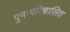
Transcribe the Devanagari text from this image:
पुनःपरिचालित